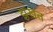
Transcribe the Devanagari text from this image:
झखत